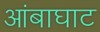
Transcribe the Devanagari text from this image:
आंबाघाट